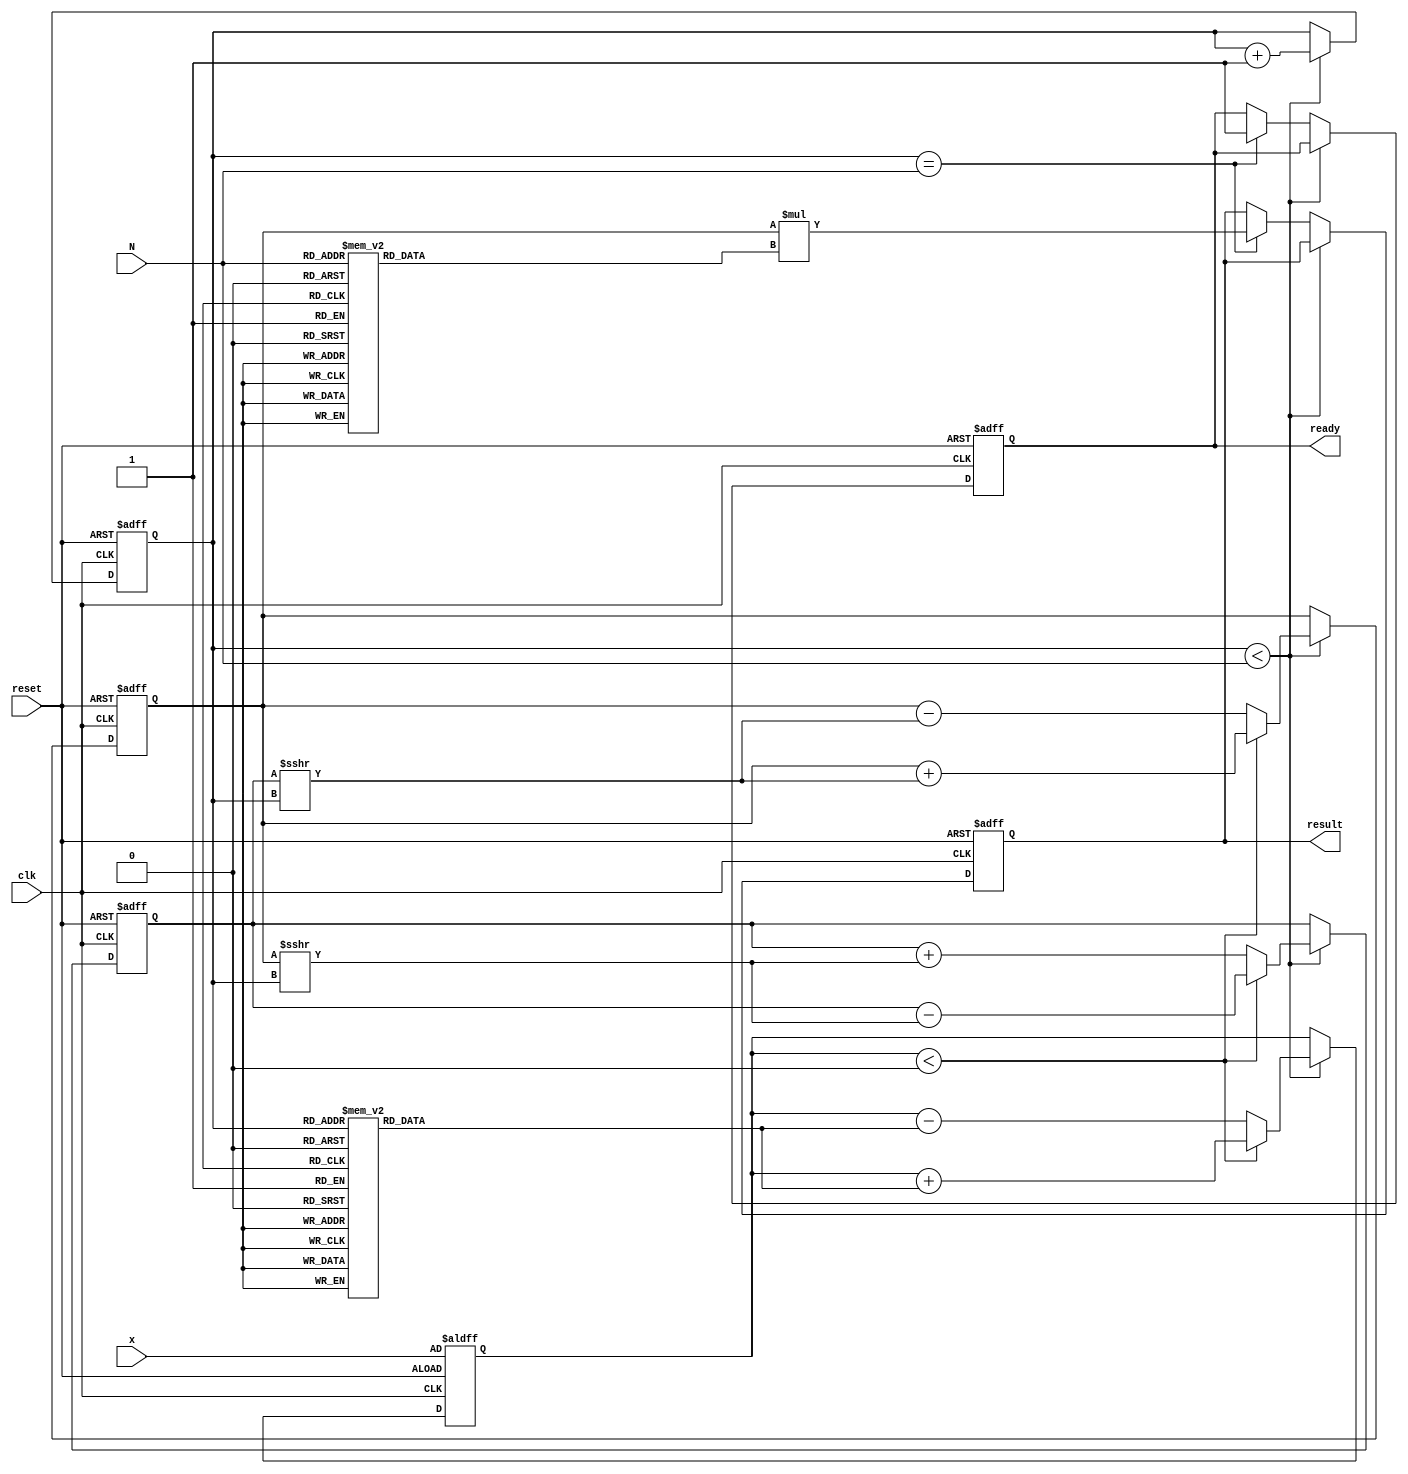
module cordic_exponential (
    input wire clk,
    input wire reset,
    input wire [31:0] x,      // Input value for e^x (fixed-point representation)
    input wire [4:0] N,       // Number of iterations (up to 31)
    output reg [31:0] result,  // Output value of e^x (fixed-point representation)
    output reg ready          // Indicates result is ready
);

    // CORDIC constants
    reg [31:0] K [0:31];        // Scaling factors
    reg [31:0] angle [0:31];    // Angle for each iteration
    reg [31:0] z;               // Current z value (used for x)
    reg [31:0] y;               // Current y value
    reg [31:0] x_internal;      // Current x value
    reg [4:0] i;                // Iteration counter

    // CORDIC initialization
    initial begin
        // Precomputed scaling factors K[i]
        K[0] = 32'h00000001; // K0
        K[1] = 32'h00000001; // K1
        K[2] = 32'h00000001; // K2
        K[3] = 32'h00000001; // K3
        // ... Fill in the rest of the K values as needed
        
        // Precomputed angles (in fixed point)
        angle[0] = 32'h00000000; // 0 degrees
        angle[1] = 32'h00000001; // 45 degrees (in some fixed point representation)
        angle[2] = 32'h00000002; // 26.565 degrees
        angle[3] = 32'h00000003; // 15 degrees
        // ... Fill in the rest of the angle values as needed
    end

    // State machine for CORDIC iterations
    always @(posedge clk or posedge reset) begin
        if (reset) begin
            result <= 32'h00000000;
            ready <= 1'b0;
            x_internal <= 32'h00000000;
            y <= 32'h00000000;
            z <= x; // Store input x in z
            i <= 0;  // Reset iteration counter
        end else if (i < N) begin
            // CORDIC iteration
            if (z < 0) begin
                // Counter-clockwise rotation
                x_internal <= x_internal + (y >>> i);
                y <= y - (x_internal >>> i);
                z <= z + angle[i];
            end else begin
                // Clockwise rotation
                x_internal <= x_internal - (y >>> i);
                y <= y + (x_internal >>> i);
                z <= z - angle[i];
            end
            i <= i + 1; // Increment iteration counter
        end else if (i == N) begin
            // Final scaling
            result <= (x_internal * K[N]); // Apply scaling factor
            ready <= 1'b1; // Indicate result is ready
        end
    end
endmodule